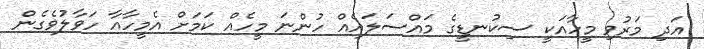
އަދި މަރުވި މީހާއަކީ ސިކުނޑީގެ މައްސަލައެއް ހުންނަ މީހެއް ކަމަށް އެމީހާއާ ހަވާލުވެގެން